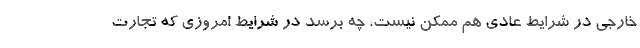
خارجی در شرایط عادی هم ممکن نیست، چه برسد در شرایط امروزی که تجارت